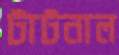
টাটনাল